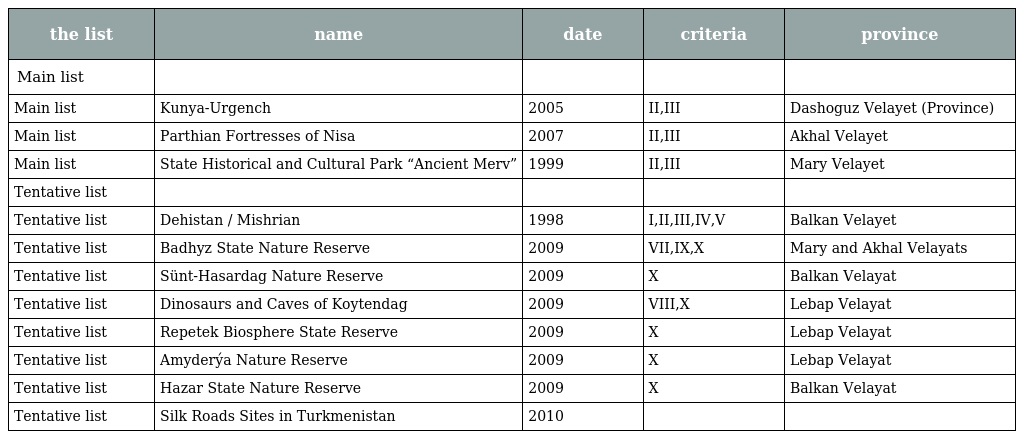
| the list | name | date | criteria | province |
 | --- | --- | --- | --- | --- |
 | Main list |  |  |  |  |
 | Main list | Kunya-Urgench | 2005 | II,III | Dashoguz Velayet (Province) |
 | Main list | Parthian Fortresses of Nisa | 2007 | II,III | Akhal Velayet |
 | Main list | State Historical and Cultural Park “Ancient Merv” | 1999 | II,III | Mary Velayet |
 | Tentative list |  |  |  |  |
 | Tentative list | Dehistan / Mishrian | 1998 | I,II,III,IV,V | Balkan Velayet |
 | Tentative list | Badhyz State Nature Reserve | 2009 | VII,IX,X | Mary and Akhal Velayats |
 | Tentative list | Sünt-Hasardag Nature Reserve | 2009 | X | Balkan Velayat |
 | Tentative list | Dinosaurs and Caves of Koytendag | 2009 | VIII,X | Lebap Velayat |
 | Tentative list | Repetek Biosphere State Reserve | 2009 | X | Lebap Velayat |
 | Tentative list | Amyderýa Nature Reserve | 2009 | X | Lebap Velayat |
 | Tentative list | Hazar State Nature Reserve | 2009 | X | Balkan Velayat |
 | Tentative list | Silk Roads Sites in Turkmenistan | 2010 |  |  |